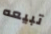
تبيعه